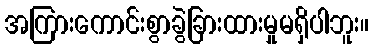
အကြားကောင်းစွာခွဲခြားထားမှုမရှိပါဘူး။